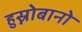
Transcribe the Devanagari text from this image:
हुस्नोबानो